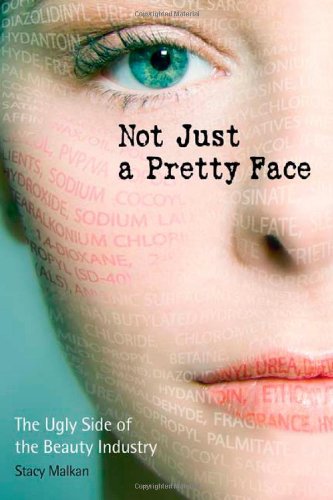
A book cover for Not Just a Pretty Face: The Ugly Side of the Beauty Industry; Stacy Malkan; Business & Money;